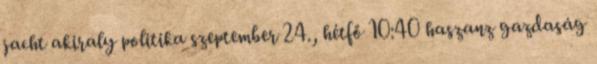
jacht akiraly politika szeptember 24., hétfő 10:40 haszanz gazdaság